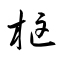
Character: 框